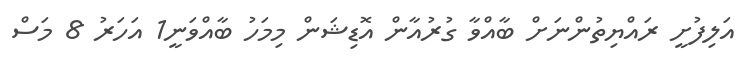
އަލިފުށީ ރައްޔިތުންނަށް ބާއްވާ ގުރުއާން އޮޑިޝަން މިމަހު ބާއްވަނީ1 އަހަރު 8 މަސް